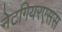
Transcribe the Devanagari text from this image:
नेटगियरएसस